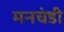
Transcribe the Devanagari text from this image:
मनचंडी